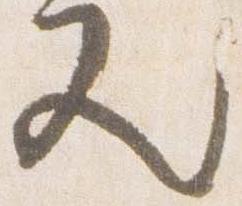
又